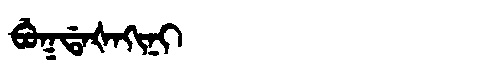
Manchu: ᠪᡠᡴᡩᠠᡧᠠᡴᡳᠨᡳ
Romanization: BUKDAŠAKINI